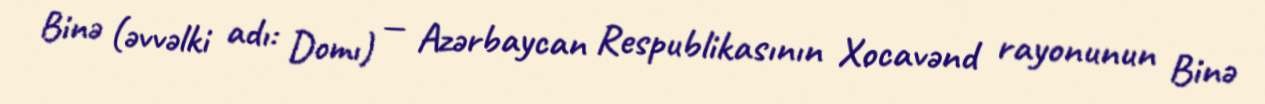
Binə (əvvəlki adı: Domı) — Azərbaycan Respublikasının Xocavənd rayonunun Binə